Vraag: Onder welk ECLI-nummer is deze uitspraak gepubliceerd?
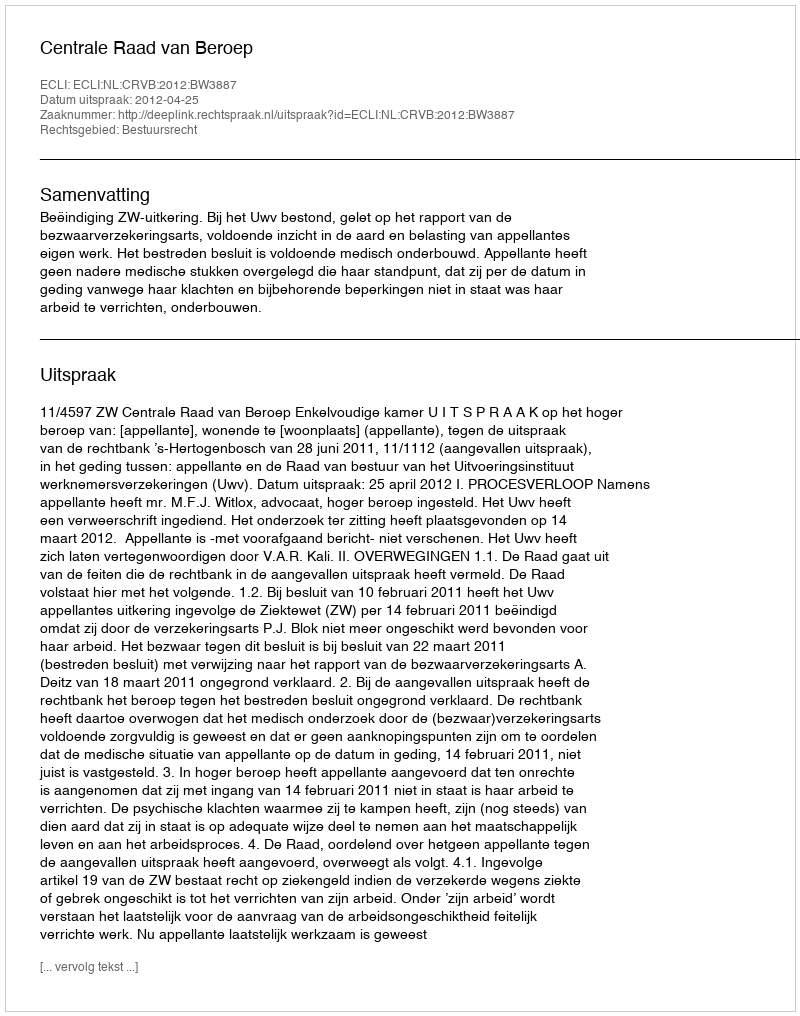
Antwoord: ECLI:NL:CRVB:2012:BW3887